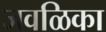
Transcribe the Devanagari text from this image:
जवळिका